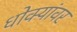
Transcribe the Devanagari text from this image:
धोक्यांवर